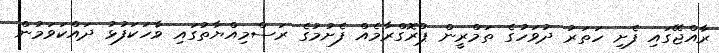
ރާއްޖޭގައި ފެށި ހަތަރު ދުވަހުގެ ތަމްރީން ޕްރޮގްރާމެއް ފެށުމުގެ ރަސްމިއްޔާތުގައި ވާހަކަފުޅު ދައްކަވަމުން